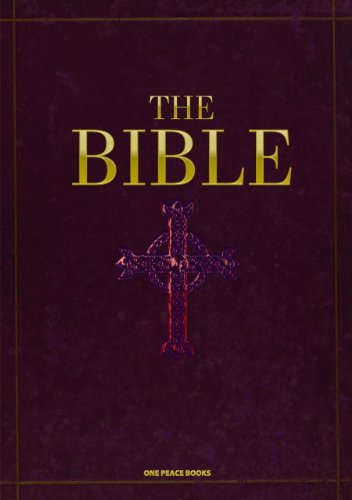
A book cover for The Bible: A Japanese Manga Rendition; Variety Art Works Variety Art Works; Comics & Graphic Novels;